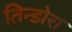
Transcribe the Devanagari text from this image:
तिन्डोरा